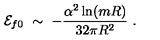
{ \cal E } _ { f 0 } \ \sim \ - \frac { \alpha ^ { 2 } \ln ( m R ) } { 3 2 \pi R ^ { 2 } } \ .